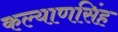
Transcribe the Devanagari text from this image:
कल्‍याणसिंह